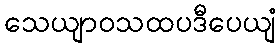
သေယျာဝသထပဒီပေယျံ